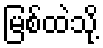
မြစ်ထဲသို့